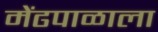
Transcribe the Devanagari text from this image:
मेंढपाळाला